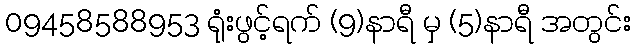
09458588953 ရုံးဖွင့်ရက် (9)နာရီ မှ (5)နာရီ အတွင်း